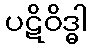
ပဋိဝိဒ္ဓါ